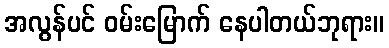
အလွန်ပင် ဝမ်းမြောက် နေပါတယ်ဘုရား။